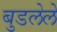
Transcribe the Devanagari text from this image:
बुडलेले